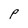
Character: P